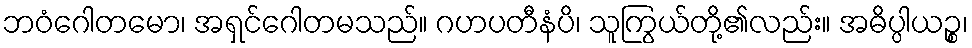
ဘဝံဂေါတမော၊ အရှင်ဂေါတမသည်။ ဂဟပတီနံပိ၊ သူကြွယ်တို့၏လည်း။ အဓိပ္ပါယဉ္စ၊